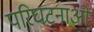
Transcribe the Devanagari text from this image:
परिघटनाओंं